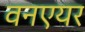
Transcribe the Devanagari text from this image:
वनएयर